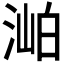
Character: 𣶎